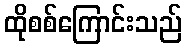
ထိုစစ်ကြောင်းသည်